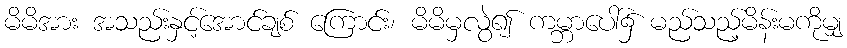
မိမိအား အသည်းနှင့်အောင်ချစ် ကြောင်း၊ မိမိမှလွဲ၍ ကမ္ဘာပေါ်၌ မည်သည့်မိန်းမကိုမျှ